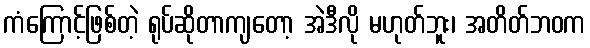
ကံကြောင့်ဖြစ်တဲ့ ရုပ်ဆိုတာကျတော့ အဲဒီလို မဟုတ်ဘူး၊ အတိတ်ဘဝက